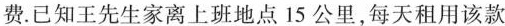
费。已知王先生家离上班地点15公里，每天租用该款